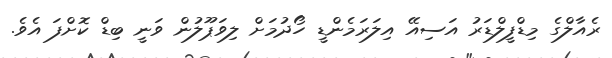
ރެއާލްގެ މިޑްފީލްޑަރު އަސިއޭ އިލަރަމެންޑީ ހޯދުމަށް ލިވަޕޫލުން ވަނީ ބިޑް ކޮށްފަ އެވެ.